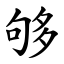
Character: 够